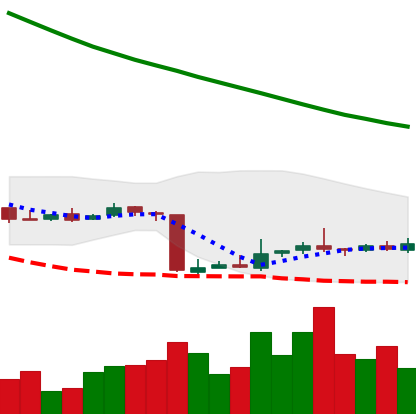
Ticker: NEO-USD
Chart end date: 2018-10-22
Forward return: -4.187%
Label: down_3_5